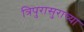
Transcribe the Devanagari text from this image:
त्रिपुरासुराच्या